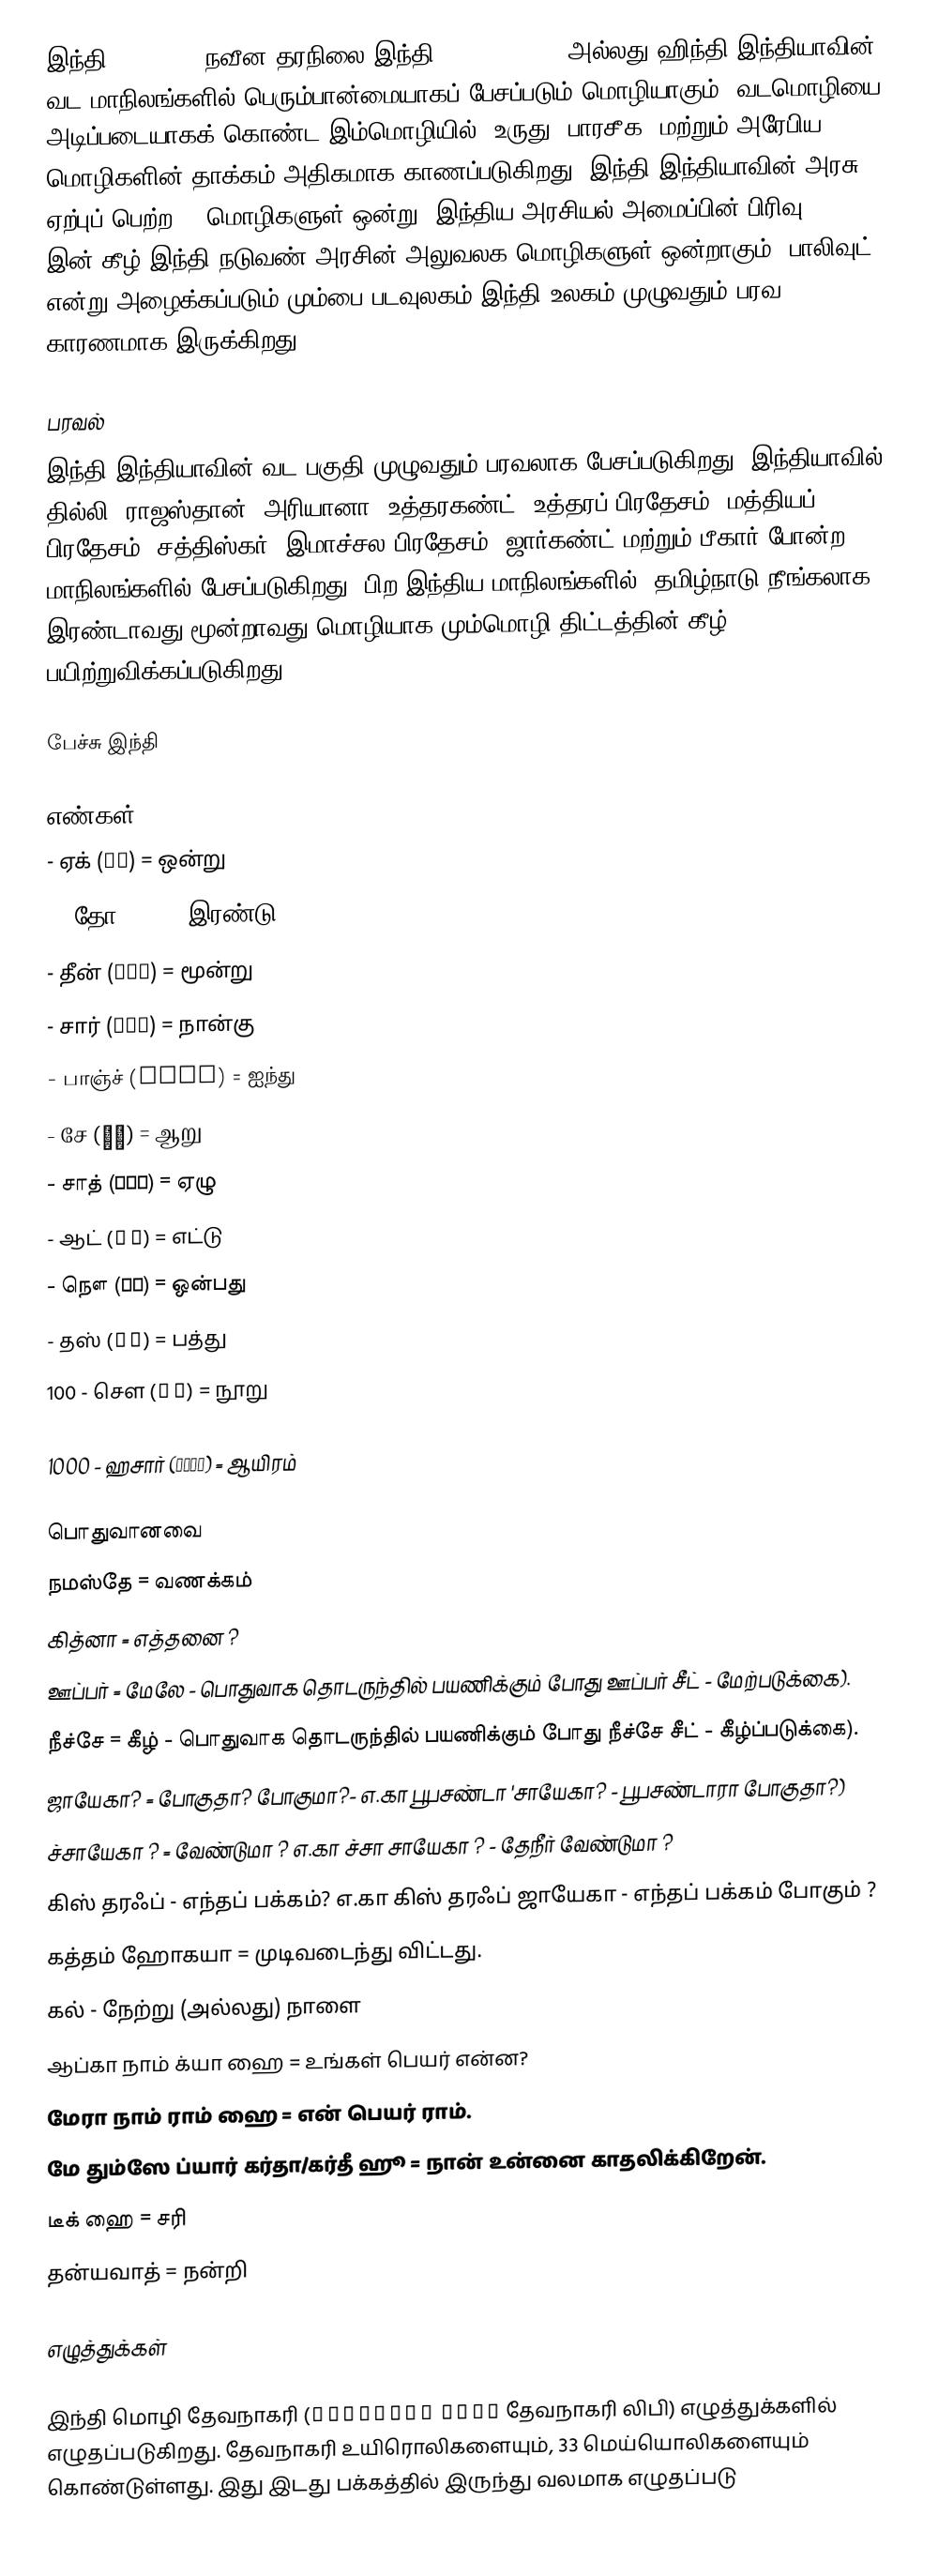
இந்தி (Hindi, , நவீன தரநிலை இந்தி: मानक हिन्दी) அல்லது ஹிந்தி இந்தியாவின் வட மாநிலங்களில் பெரும்பான்மையாகப் பேசப்படும் மொழியாகும். வடமொழியை அடிப்படையாகக் கொண்ட இம்மொழியில், உருது, பாரசீக, மற்றும் அரேபிய மொழிகளின் தாக்கம் அதிகமாக காணப்படுகிறது. இந்தி இந்தியாவின் அரசு ஏற்புப் பெற்ற 22 மொழிகளுள் ஒன்று. இந்திய அரசியல் அமைப்பின் பிரிவு 343 (1) இன் கீழ் இந்தி நடுவண் அரசின் அலுவலக மொழிகளுள் ஒன்றாகும். பாலிவுட் என்று அழைக்கப்படும் மும்பை படவுலகம் இந்தி உலகம் முழுவதும் பரவ காரணமாக இருக்கிறது.

பரவல்
இந்தி இந்தியாவின் வட பகுதி முழுவதும் பரவலாக பேசப்படுகிறது. இந்தியாவில் தில்லி, ராஜஸ்தான், அரியானா, உத்தரகண்ட், உத்தரப் பிரதேசம், மத்தியப் பிரதேசம், சத்திஸ்கர், இமாச்சல பிரதேசம், ஜார்கண்ட் மற்றும் பீகார் போன்ற மாநிலங்களில் பேசப்படுகிறது. பிற இந்திய மாநிலங்களில், தமிழ்நாடு நீங்கலாக, இரண்டாவது/மூன்றாவது மொழியாக மும்மொழி திட்டத்தின் கீழ் பயிற்றுவிக்கப்படுகிறது.

பேச்சு இந்தி

எண்கள்
 - ஏக் (एक) = ஒன்று
 - 'தோ (दो) = இரண்டு
 - தீன் (तीन) = மூன்று
 - சார் (चार) = நான்கு
 - பாஞ்ச் (पांच) = ஐந்து
 - சே (छः) = ஆறு
 - சாத் (सात) = ஏழு
 - ஆட் (आठ) = எட்டு
 - நௌ (नौ) = ஒன்பது
 - தஸ் (दस) = பத்து
100 - சௌ (सौ) = நூறு

1000 - ஹசார் (हजार) = ஆயிரம்

பொதுவானவை
 நமஸ்தே = வணக்கம்
 கித்னா = எத்தனை ?
 ஊப்பர் = மேலே - பொதுவாக தொடருந்தில் பயணிக்கும் போது ஊப்பர் சீட் - மேற்படுக்கை).
 நீச்சே = கீழ் - பொதுவாக தொடருந்தில் பயணிக்கும் போது நீச்சே சீட் - கீழ்ப்படுக்கை).
 ஜாயேகா? = போகுதா? போகுமா?- எ.கா பூபசண்டா 'சாயேகா? - பூபசண்டாரா போகுதா?)
 ச்சாயேகா ? = வேண்டுமா ? எ.கா ச்சா சாயேகா ? - தேநீர் வேண்டுமா ?
 கிஸ் தரஃப் - எந்தப் பக்கம்? எ.கா கிஸ் தரஃப் ஜாயேகா - எந்தப் பக்கம் போகும் ?
 கத்தம் ஹோகயா = முடிவடைந்து விட்டது.
 கல் - நேற்று (அல்லது) நாளை
 ஆப்கா நாம் க்யா ஹை = உங்கள் பெயர் என்ன?
 மேரா நாம் ராம் ஹை = என் பெயர் ராம்.
 மே தும்ஸே ப்யார் கர்தா/கர்தீ ஹூ = நான் உன்னை காதலிக்கிறேன்.
 டீக் ஹை = சரி
 தன்யவாத் = நன்றி

எழுத்துக்கள்

இந்தி மொழி தேவநாகரி (देवनागरी लिपि தேவநாகரி லிபி) எழுத்துக்களில் எழுதப்படுகிறது. தேவநாகரி உயிரொலிகளையும், 33 மெய்யொலிகளையும் கொண்டுள்ளது. இது இடது பக்கத்தில் இருந்து வலமாக எழுதப்படு